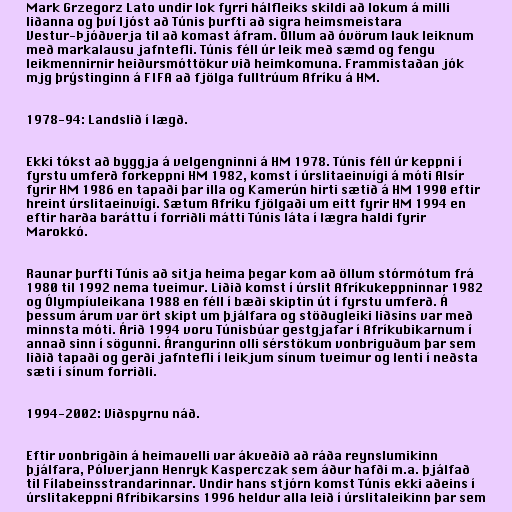
Mark Grzegorz Lato undir lok fyrri hálfleiks skildi að lokum á milli
liðanna og því ljóst að Túnis þurfti að sigra heimsmeistara
Vestur-Þjóðverja til að komast áfram. Öllum að óvörum lauk leiknum
með markalausu jafntefli. Túnis féll úr leik með sæmd og fengu
leikmennirnir heiðursmóttökur við heimkomuna. Frammistaðan jók
mjg þrýstinginn á FIFA að fjölga fulltrúum Afríku á HM.

1978-94: Landslið í lægð.

Ekki tókst að byggja á velgengninni á HM 1978. Túnis féll úr keppni í
fyrstu umferð forkeppni HM 1982, komst í úrslitaeinvígi á móti Alsír
fyrir HM 1986 en tapaði þar illa og Kamerún hirti sætið á HM 1990 eftir
hreint úrslitaeinvígi. Sætum Afríku fjölgaði um eitt fyrir HM 1994 en
eftir harða baráttu í forriðli mátti Túnis láta í lægra haldi fyrir
Marokkó.

Raunar þurfti Túnis að sitja heima þegar kom að öllum stórmótum frá
1980 til 1992 nema tveimur. Liðið komst í úrslit Afríkukeppninnar 1982
og Ólympíuleikana 1988 en féll í bæði skiptin út í fyrstu umferð. Á
þessum árum var ört skipt um þjálfara og stöðugleiki liðsins var með
minnsta móti. Árið 1994 voru Túnisbúar gestgjafar í Afríkubikarnum í
annað sinn í sögunni. Árangurinn olli sérstökum vonbriguðum þar sem
liðið tapaði og gerði jafntefli í leikjum sínum tveimur og lenti í neðsta
sæti í sínum forriðli.

1994-2002: Viðspyrnu náð.

Eftir vonbrigðin á heimavelli var ákveðið að ráða reynslumikinn
þjálfara, Pólverjann Henryk Kasperczak sem áður hafði m.a. þjálfað
til Fílabeinsstrandarinnar. Undir hans stjórn komst Túnis ekki aðeins í
úrslitakeppni Afríbikarsins 1996 heldur alla leið í úrslitaleikinn þar sem